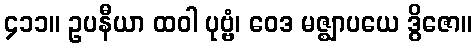
၄၁၁။ ဥပနီယာ ထဝါ ပုဗ္ဗံ၊ ဝေဒ မဇ္ဈာပယေ ဒွိဇော။